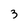
Character: 3